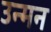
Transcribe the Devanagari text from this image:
उन्मन